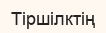
Тіршілктің